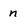
Character: n